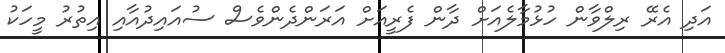
އަދި އެރޭ ރިލްވާން ހުޅުމާލެއަށް ދާން ފެރީއަށް އަރަންދެންވެސް ސުއައިދުއާއި އިތުރު މީހަކު